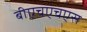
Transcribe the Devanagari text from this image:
बीएचएचएस